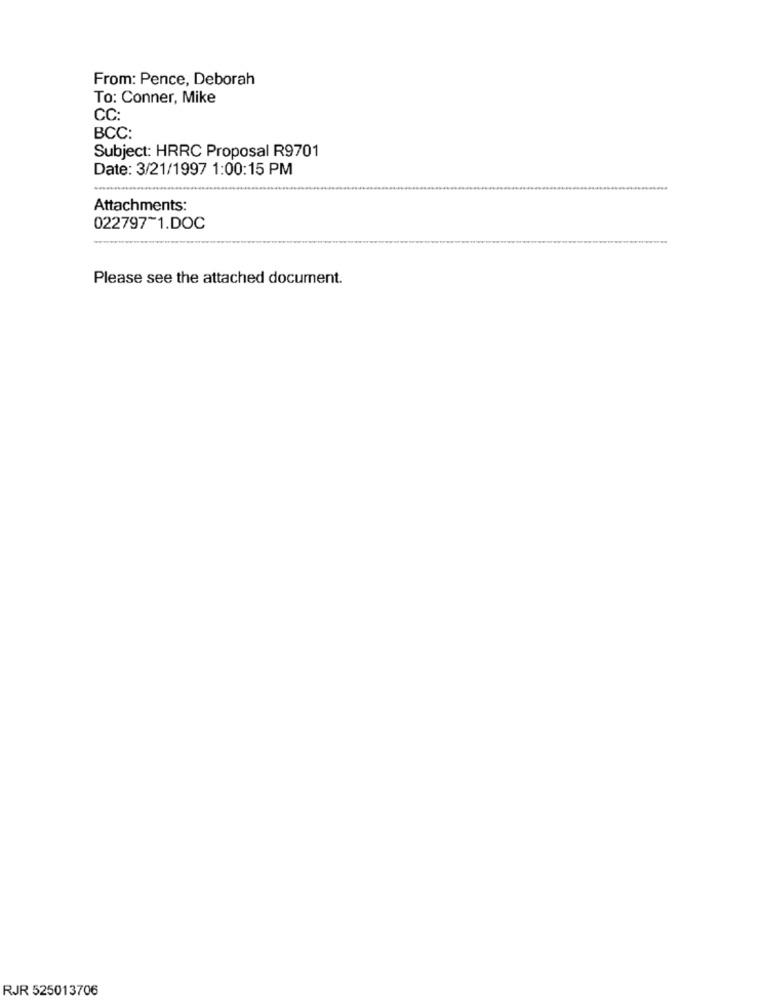
From: Pence, Deborah
To: Conner, Mike
CC:
BCC:
Subject: HRRC Proposal R9701
Date: 3/21/1997 1:00:15 PM
Attachments:
022797~1.DOC
Please see the attached document.
RJR 525013706